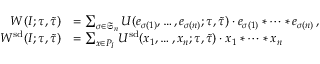
\begin{array} { r l } { W ( I ; \tau , \tilde { \tau } ) } & { = \sum _ { \sigma \in \mathfrak { S } _ { n } } U ( e _ { \sigma ( 1 ) } , \dotsc , e _ { \sigma ( n ) } ; \tau , \tilde { \tau } ) \cdot e _ { \sigma ( 1 ) } * \cdots * e _ { \sigma ( n ) } \, , } \\ { W ^ { \smash { \mathrm { s d } } } ( I ; \tau , \tilde { \tau } ) } & { = \sum _ { x \in P _ { I } } U ^ { \smash { \mathrm { s d } } } ( x _ { 1 } , \dotsc , x _ { n } ; \tau , \tilde { \tau } ) \cdot x _ { 1 } * \cdots * x _ { n } } \end{array}